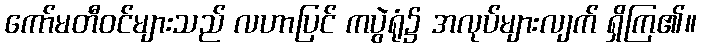
ကော်မတီဝင်များသည် လဟာပြင် ကပွဲရုံ၌ အလုပ်များလျက် ရှိကြ၏။